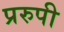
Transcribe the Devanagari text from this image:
प्ररुपी